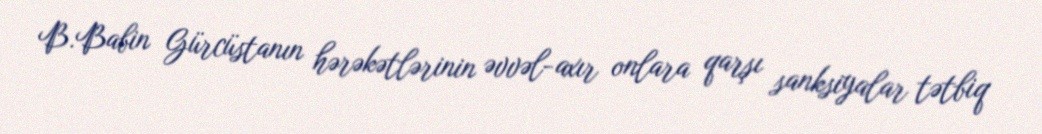
B.Babin Gürcüstanın hərəkətlərinin əvvəl-axır onlara qarşı sanksiyalar tətbiq